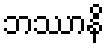
ဘဿာနိ